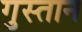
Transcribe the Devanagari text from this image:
गुस्तान